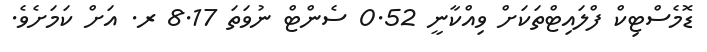
ޑޮމެސްޓިކް ފްލައިޓްތަކަށް ވިއްކާނީ 0.52 ސެންޓް ނުވަތަ 8.17 ރ. އަށް ކަމަށެވެ.